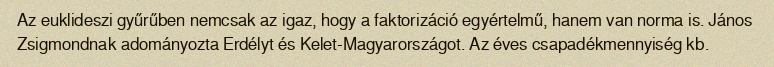
Az euklideszi gyűrűben nemcsak az igaz, hogy a faktorizáció egyértelmű, hanem van norma is. János Zsigmondnak adományozta Erdélyt és Kelet-Magyarországot. Az éves csapadékmennyiség kb.